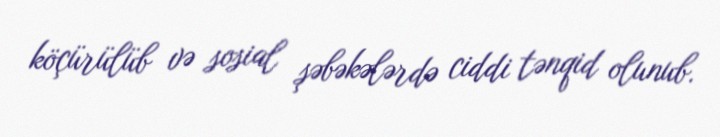
köçürülüb və sosial şəbəkələrdə ciddi tənqid olunub.